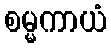
စမ္မကာယံ